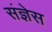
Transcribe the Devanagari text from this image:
संज्ञेस